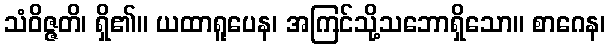
သံဝိဇ္ဇတိ၊ ရှိ၏။ ယထာရူပေန၊ အကြင်သို့သဘောရှိသော။ စာဂေန၊